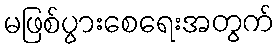
မဖြစ်ပွားစေရေးအတွက်